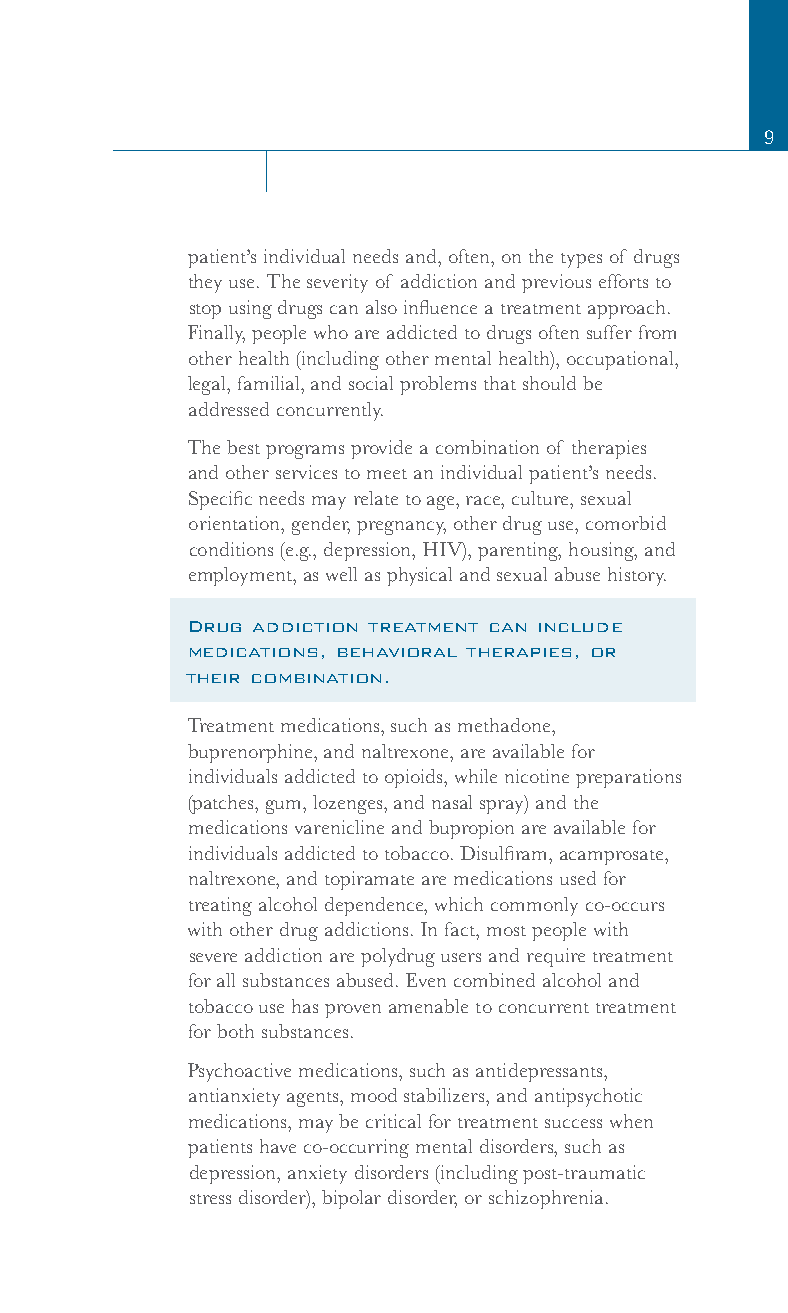
9
 patient’s individual needs and, often, on the types of drugs
 they use. The severity of addiction and previous efforts to
 stop using drugs can also influence a treatment approach.
 Finally, people who are addicted to drugs often suffer from
 other health (including other mental health), occupational,
 legal, familial, and social problems that should be
 addressed concurrently.
 The best programs provide a combination of therapies
 and other services to meet an individual patient’s needs.
 Specific needs may relate to age, race, culture, sexual
 orientation, gender, pregnancy, other drug use, comorbid
 conditions (e.g., depression, HIV), parenting, housing, and
 employment, as well as physical and sexual abuse history.
 Drug addiction treatment can include
 medications, behavioral therapies, or
 their combination.
 Treatment medications, such as methadone,
 buprenorphine, and naltrexone, are available for
 individuals addicted to opioids, while nicotine preparations
 (patches, gum, lozenges, and nasal spray) and the
 medications varenicline and bupropion are available for
 individuals addicted to tobacco. Disulfiram, acamprosate,
 naltrexone, and topiramate are medications used for
 treating alcohol dependence, which commonly co-occurs
 with other drug addictions. In fact, most people with
 severe addiction are polydrug users and require treatment
 for all substances abused. Even combined alcohol and
 tobacco use has proven amenable to concurrent treatment
 for both substances.
 Psychoactive medications, such as antidepressants,
 antianxiety agents, mood stabilizers, and antipsychotic
 medications, may be critical for treatment success when
 patients have co-occurring mental disorders, such as
 depression, anxiety disorders (including post-traumatic
 stress disorder), bipolar disorder, or schizophrenia.